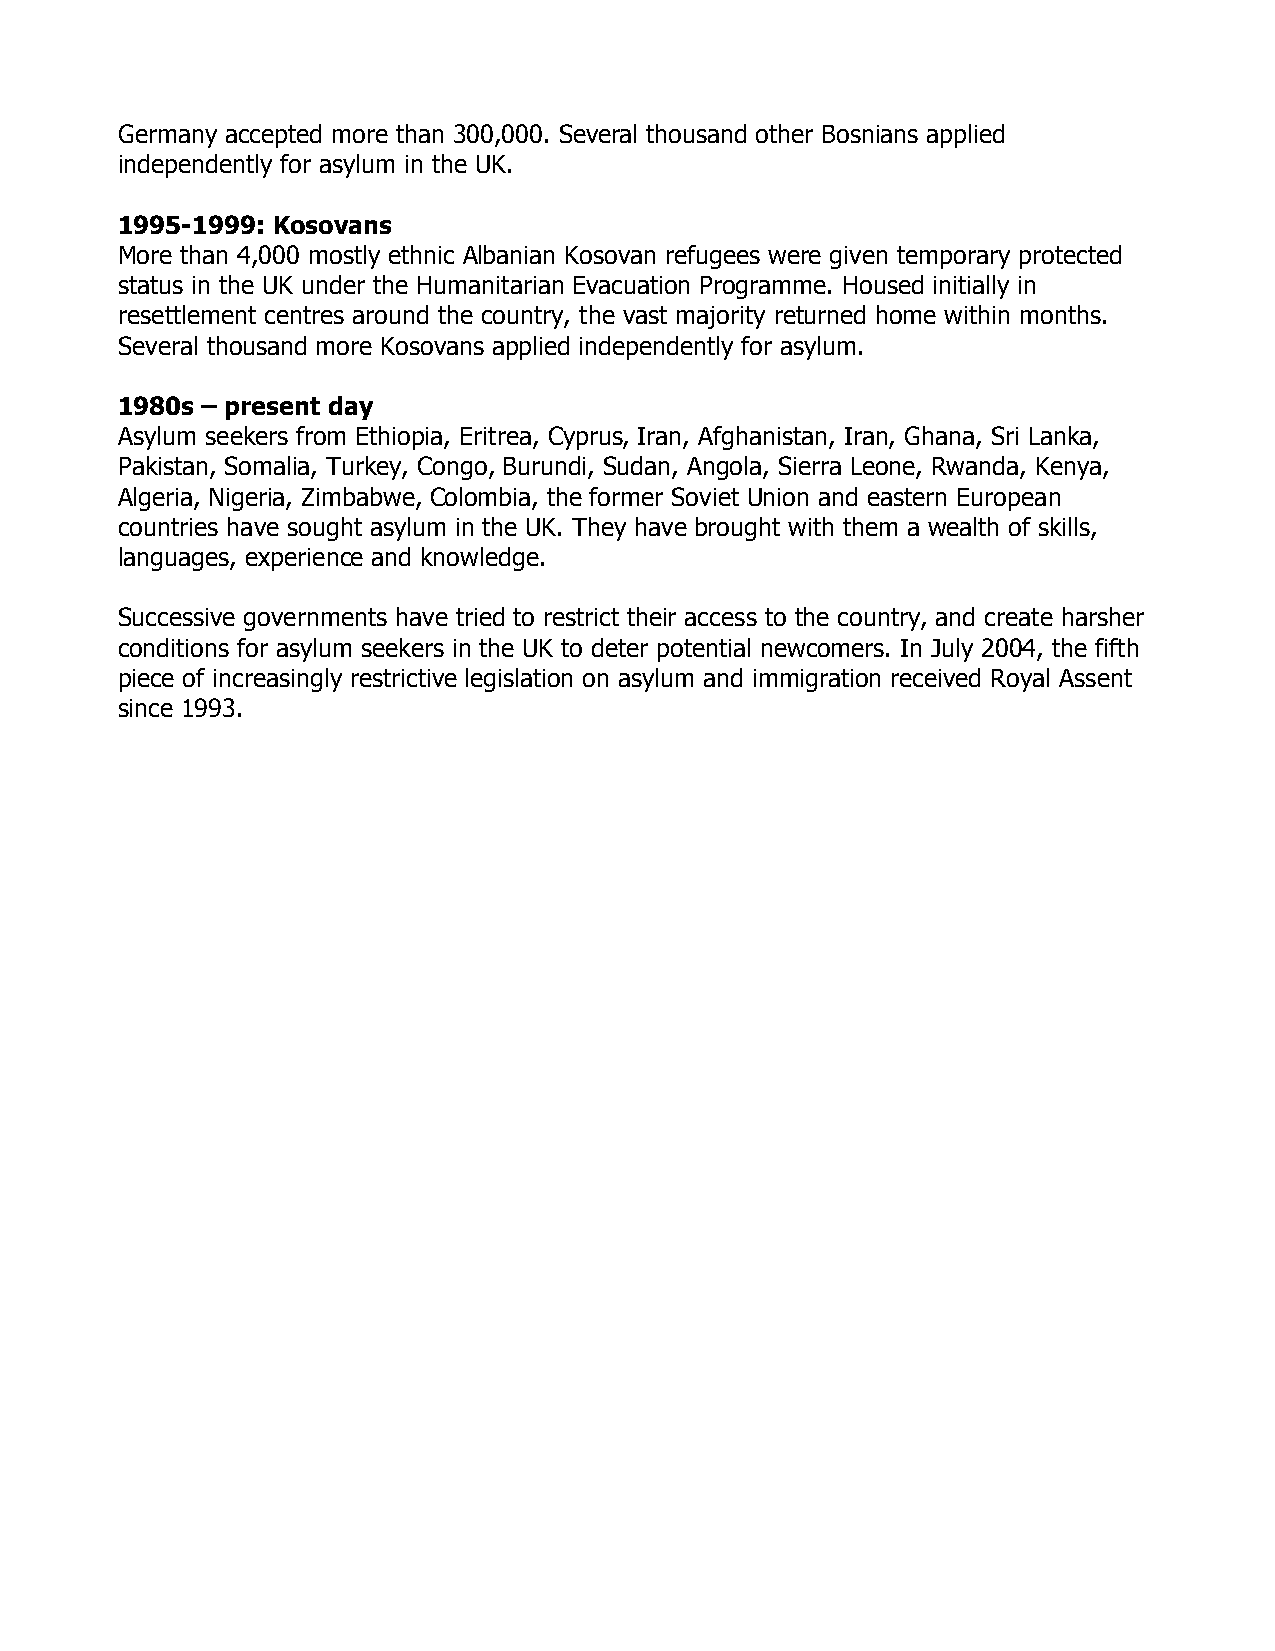
Germany accepted more than 300,000. Several thousand other Bosnians applied
 independently for asylum in the UK.
 1995-1999: Kosovans
 More than 4,000 mostly ethnic Albanian Kosovan refugees were given temporary protected
 status in the UK under the Humanitarian Evacuation Programme. Housed initially in
 resettlement centres around the country, the vast majority returned home within months.
 Several thousand more Kosovans applied independently for asylum.
 1980s – present day
 Asylum seekers from Ethiopia, Eritrea, Cyprus, Iran, Afghanistan, Iran, Ghana, Sri Lanka,
 Pakistan, Somalia, Turkey, Congo, Burundi, Sudan, Angola, Sierra Leone, Rwanda, Kenya,
 Algeria, Nigeria, Zimbabwe, Colombia, the former Soviet Union and eastern European
 countries have sought asylum in the UK. They have brought with them a wealth of skills,
 languages, experience and knowledge.
 Successive governments have tried to restrict their access to the country, and create harsher
 conditions for asylum seekers in the UK to deter potential newcomers. In July 2004, the fifth
 piece of increasingly restrictive legislation on asylum and immigration received Royal Assent
 since 1993.